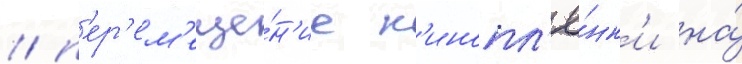
/ п'ер'ем'еще́н'ие к'инопл'ё́нк'и на́